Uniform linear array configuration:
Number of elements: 24
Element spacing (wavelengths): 0.75
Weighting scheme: hamming
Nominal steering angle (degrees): -45
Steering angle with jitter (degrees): -45.616
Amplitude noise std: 0.05
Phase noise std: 0.05

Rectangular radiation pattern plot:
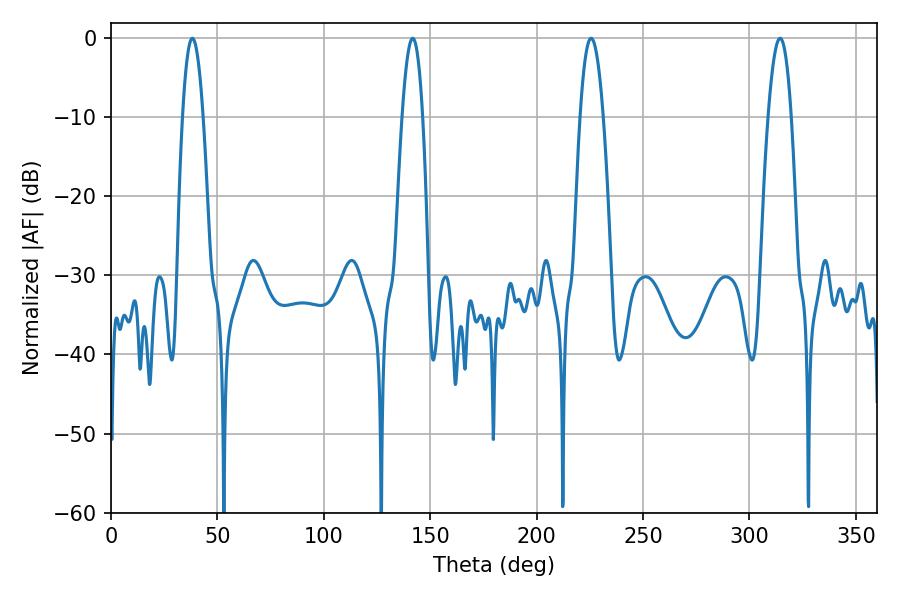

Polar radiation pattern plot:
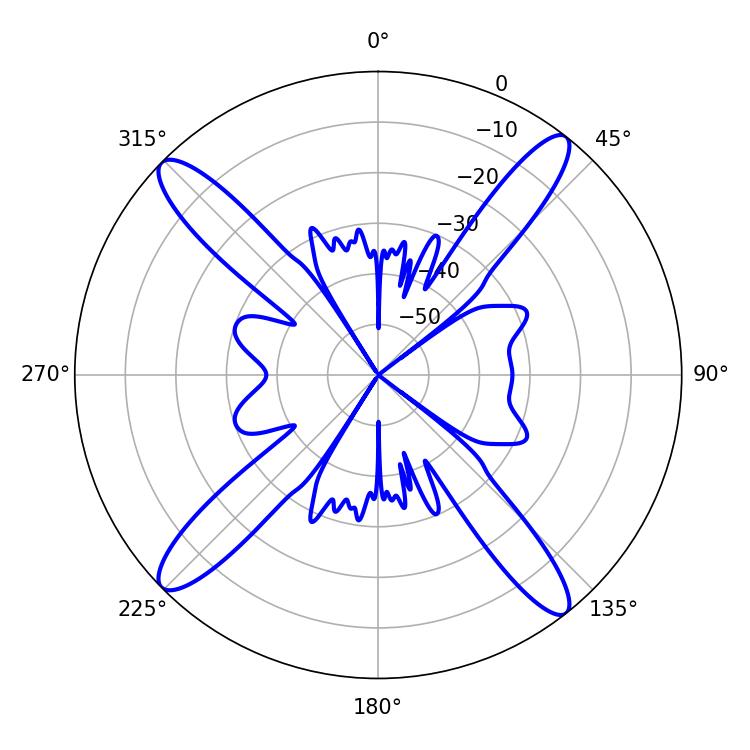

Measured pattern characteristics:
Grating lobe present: TRUE
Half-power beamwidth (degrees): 5.94
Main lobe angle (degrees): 225.54